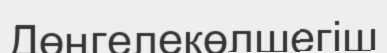
Дөңгелекөлшегіш